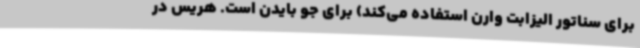
برای سناتور الیزابت وارن استفاده می‌کند) برای جو بایدن است. هریس در